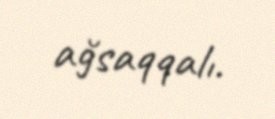
ağsaqqalı.